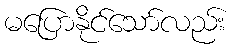
မပြောနိုင်သော်လည်း